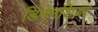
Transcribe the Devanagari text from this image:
डिमेनशिया